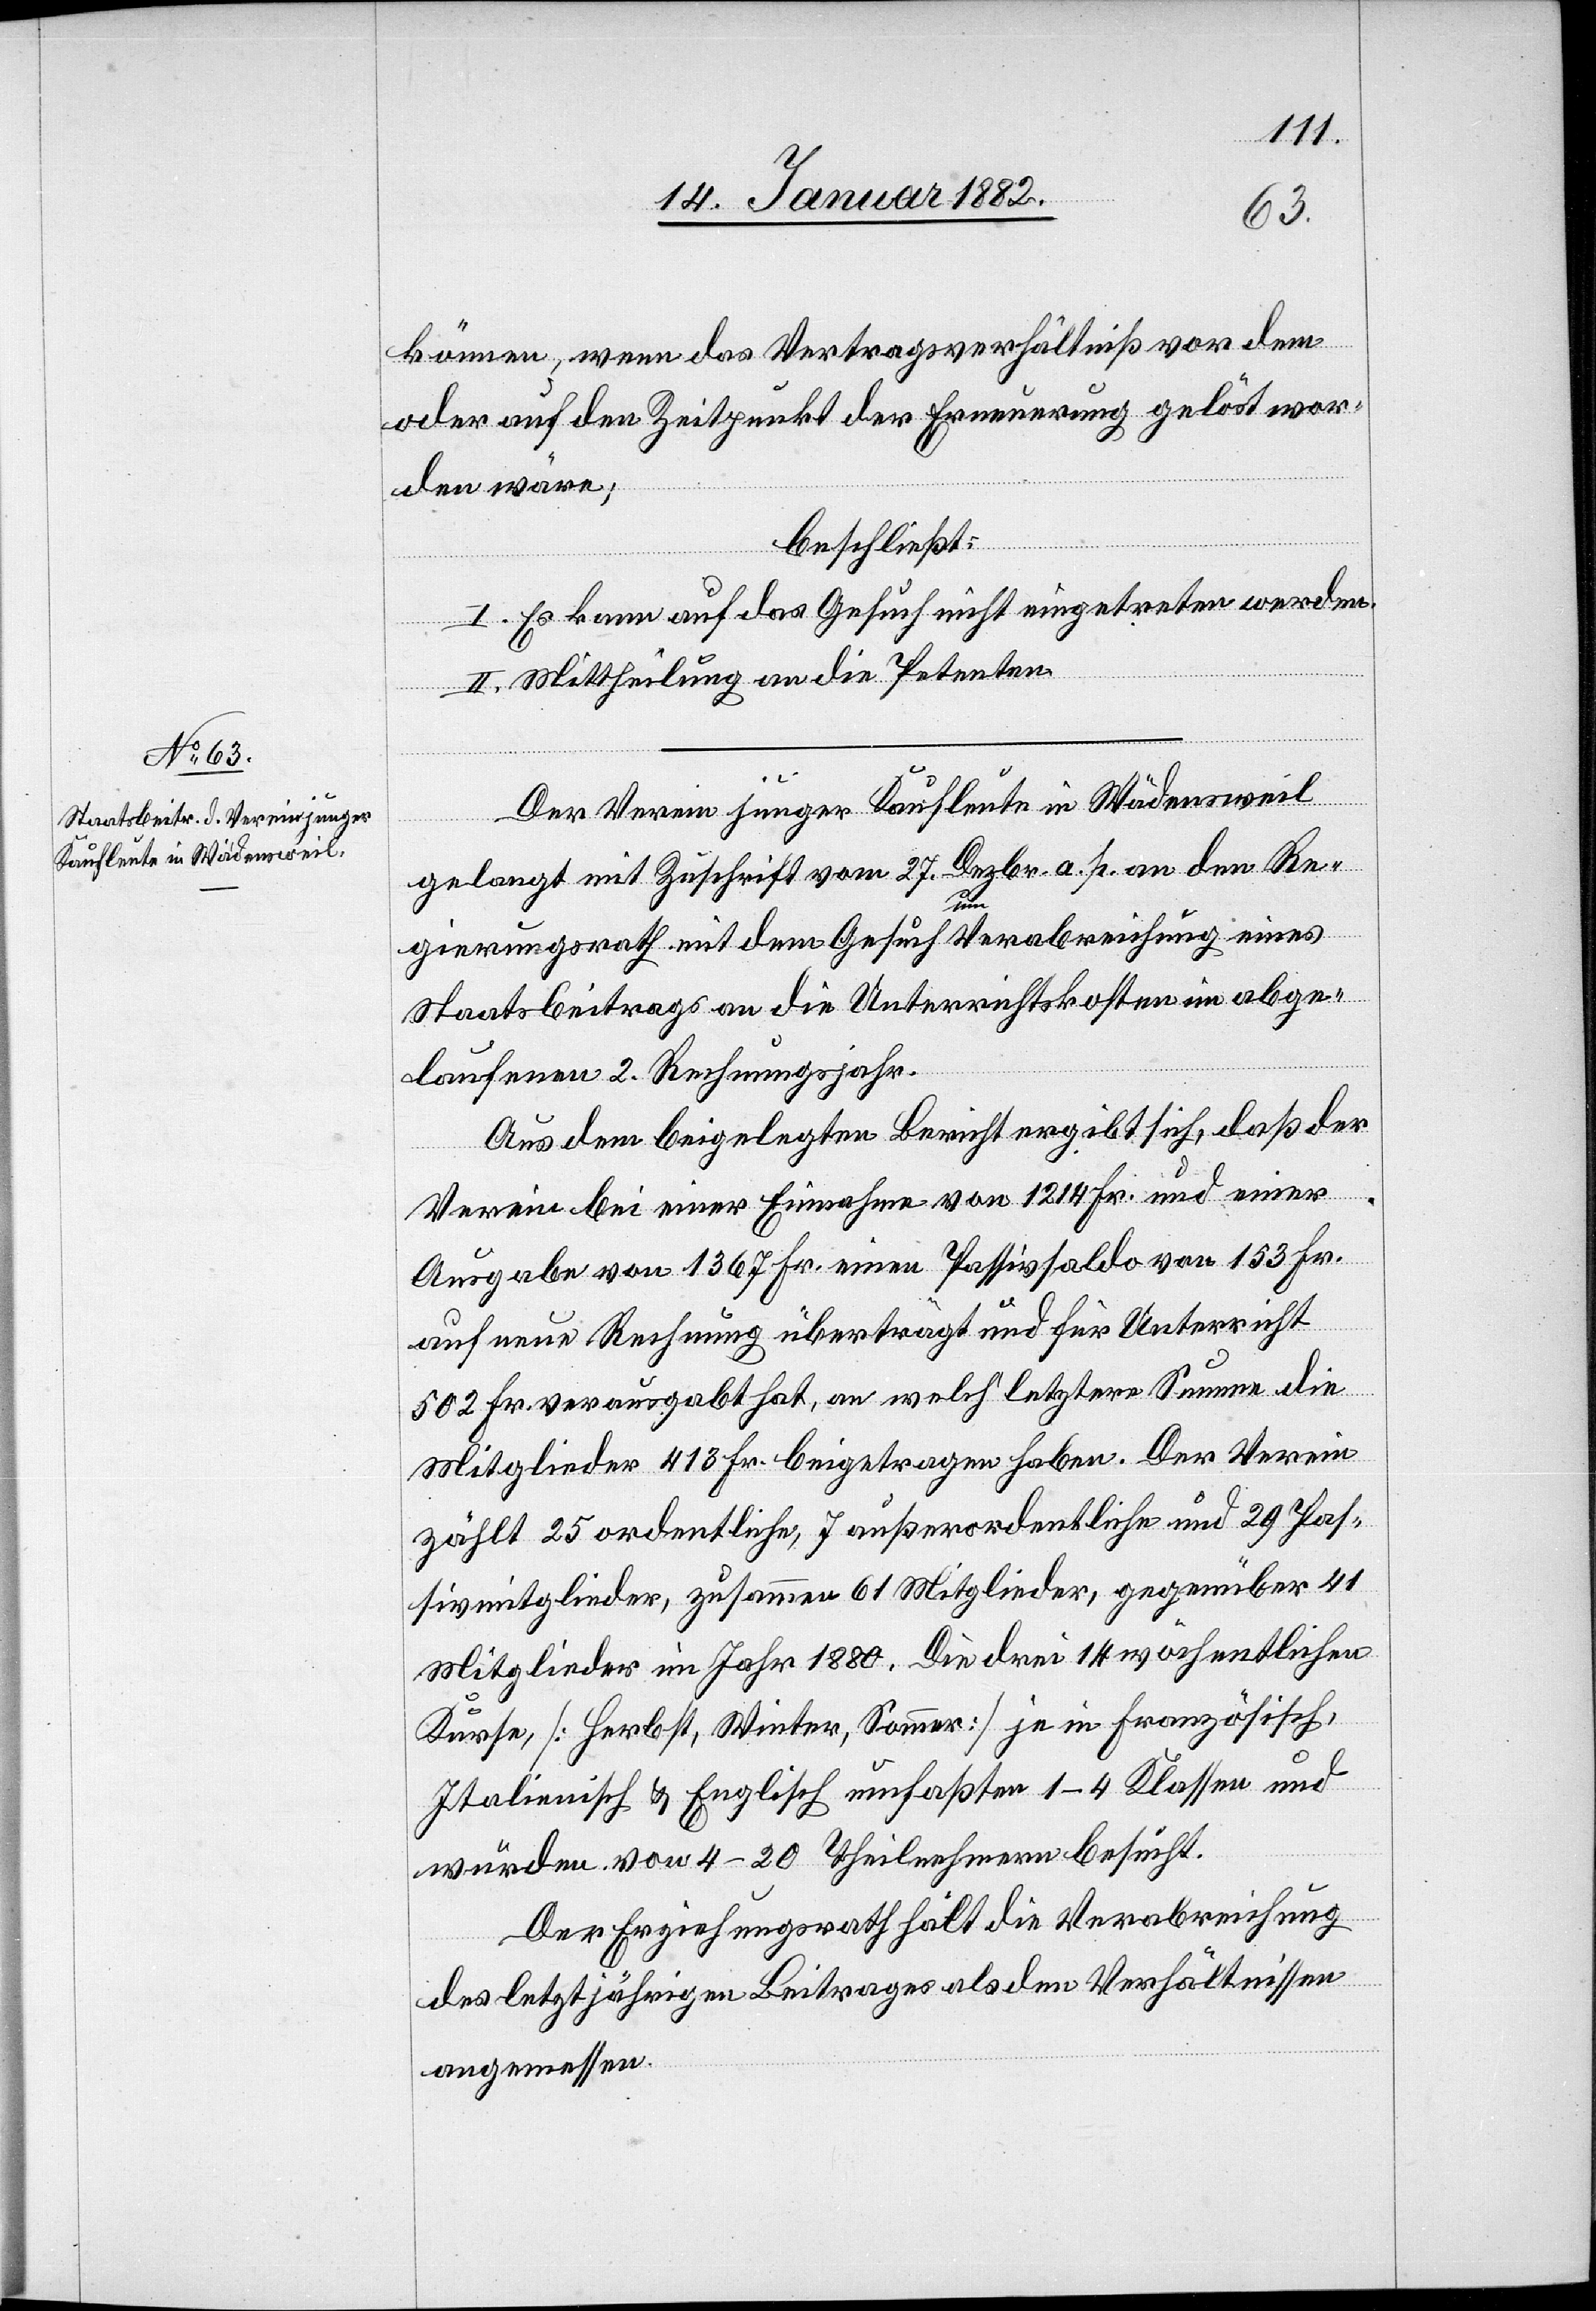
können, wenn das Vertragsverhältniß vor dem
oder auf den Zeitpunkt der Erneuerung gelöst wor¬
den wäre;
beschließt:
I. Es kann auf das Gesuch nicht eingetreten werden.
II. Mittheilung an die Petenten.
Der Verein junger Kaufleute in Wädensweil
gelangt mit Zuschrift vom 27. Dezbr. a. p. an den Re¬
gierungsrath mit dem Gesuch um Verabreichung eines
Staatsbeitrages an die Unterrichtskosten im abge¬
laufenen 2. Rechnungsjahr.
Aus dem beigelegten Bericht ergibt sich, daß der
Verein bei einer Einnahme von 1214 Fr. und einer
Ausgabe von 1367 Fr. einen Passivsaldo von 153 Fr.
auf neue Rechnung überträgt und für Unterricht
502 Fr. verausgabt hat, an welch’ letztere Summe die
Mitglieder 413 Fr. beigetragen haben. Der Verein
zählt 25 ordentliche, 7 außerordentliche und 29 Pas¬
sivmitglieder, zusammen 61 Mitglieder, gegenüber 41
Mitglieder im Jahr 1880. Die drei 14 wöchentlichen
Kurse [Herbst, Winter, Sommer] je in Französisch,
Italienisch & Englisch umfaßten 1–4 Klassen und
würden von 4–20 Theilnehmern besucht.
Der Erziehungsrath hält die Verabreichung
des letztjährigen Beitrages als den Verhältnissen
angemessen.